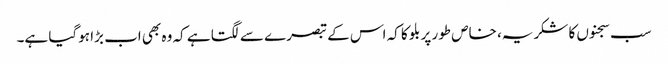
سب سجنوں کا شکریہ، خاص طور پر بلو کا کہ اس کے تبصرے سے لگتا ہے کہ وہ بھی اب بڑا ہوگیا ہے۔